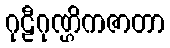
ဂုဠီဂုဏ္ဌိကဇာတာ